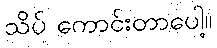
သိပ် ကောင်းတာပေါ့။